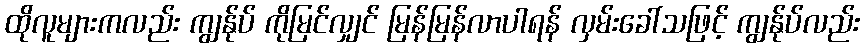
ထိုလူများကလည်း ကျွန်ုပ် ကိုမြင်လျှင် မြန်မြန်လာပါရန် လှမ်းခေါ်သဖြင့် ကျွန်ုပ်လည်း